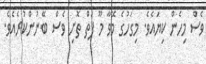
ވެސް މިހެން ކިޔައެވެ. މިގަހުގެ މޭވާ މޫ ފަތް ތޮށި ވެސް ބޭނުންކުރެއެވެ.